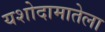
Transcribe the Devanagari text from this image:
यशोदामातेला